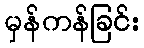
မှန်ကန်ခြင်း